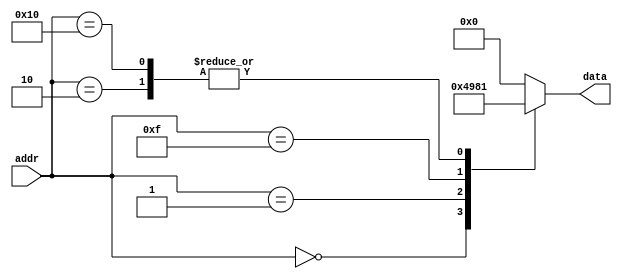
module top(data, addr);
output [3:0] data; // Note: this prompts a Yosys warning, but
                   //       vendor doc does not contain 'reg'
input [4:0] addr;
always @(addr) begin
case (addr)
0 : data = 'h4;
1 : data = 'h9;
2 : data = 'h1;
15 : data = 'h8;
16 : data = 'h1;
17 : data = 'h0;
default : data = 'h0;
endcase
end
endmodule